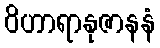
ဝိဟာရာနုဇာနနံ